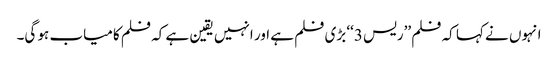
انہوں نے کہا کہ فلم ’’ریس 3‘‘ بڑی فلم ہے اور انہیں یقین ہے کہ فلم کامیاب ہو گی۔